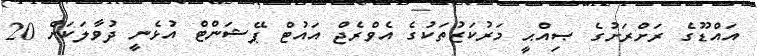
އައްޑޫގެ ރަށްރަށުގެ ޞިއްޙީ މަރުކަޒުތަކުގެ އެވްރެޖް އައުޓް ޕޭޝަންޓް އުޅެނީ ދުވާލަކަށް 20